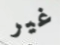
غير